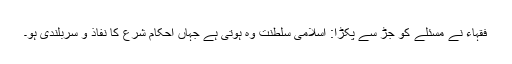
فقہاء نے مسئلے کو جڑ سے پکڑا: اسلامی سلطنت وہ ہوتی ہے جہاں احکام شرع کا نفاذ و سربلندی ہو۔